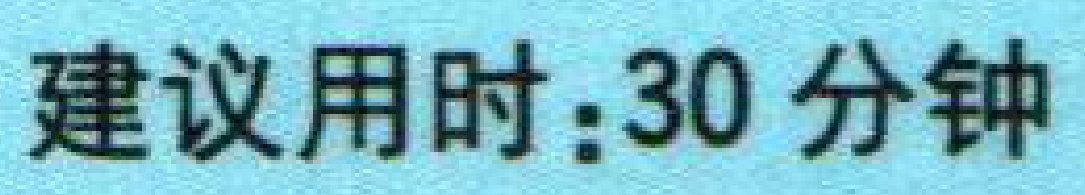
建议用时：30 分钟